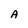
Character: A